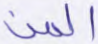
المن